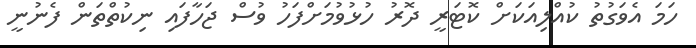
ހަމަ އެވަގުތު ކުއްލިއަކަށް ކޮޓަރީ ދޮރު ހުޅުވުމަށްފަހު ވުސް ޖަހާފައި ނިކުތްތަން ފެނުނީ